King Institute of Preventive Medicine Micro-Biological Section reports 1912-19
Year: 1912
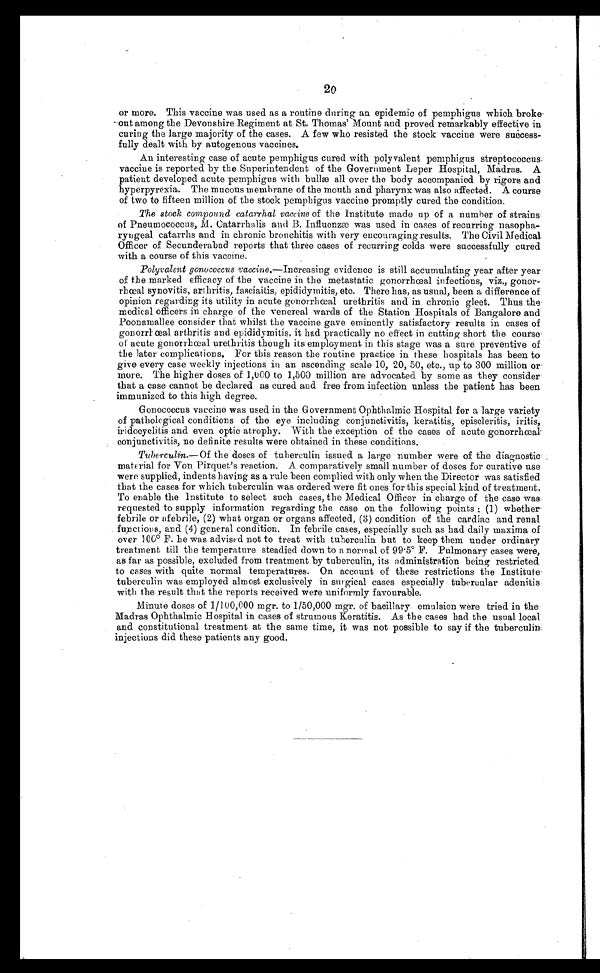
20
or more. This vaccine was used as a routine during an epidemic of pemphigus which broke
out among the Devonshire Regiment at St. Thomas' Mount and proved remarkably effective in
curing the large majority of the cases. A few who resisted the stock vaccine were success
-fully dealt with by autogenous vaccines.
An interesting case of acute pemphigus cured with polyvalent pemphigus streptococcus
vaccine is reported by the Superintendent of the Government Leper Hospital, Madras. A
patient developed acute pemphigus with bullæ all over the body accompanied by rigors and
hyperpyrexia. The mucous membrane of the mouth and pharynx was also affected. A course
of two to fifteen million of the stock pemphigus vaccine promptly cured the condition.
The stock compound catarrhal vaccine of the Institute made up of a number of strains.
of Pneumococcus, M. Catarrhalis and B. Influenzæ was used in cases of recurring nasopha
- r y n g e a l c a t a r r h s a n d i n c h r o n i c b r o n c h i t i s w i t h v e r y e n c o u r a g i n g r e s u l t s . T h e C i v i l M e d i c a l
Officer of Secunderabad reports that three cases of recurring colds were successfully cured
with a course of this vaccine.
Polyvalent gonococcus vaccine.—Increasing evidence is still accumulating year after year
of the marked efficacy of the vaccine in the metastatic gonorrhœal infections, viz., gonor
- r h œ a l s y n o v i t i s , a r t h r i t i s , f a s c i a i t i s , e p i d i d y m i t i s , e t c . T h e r e h a s , a s u s u a l , b e e n a d i f f e r e n c e o f
opinion regarding its utility in acute gono
rrhœal urethritis and in chronic gleet. Thus the
medical officers in charge of the venereal wards of the Station Hospitals of Bangalore and
Poonamallee consider that whilst the vaccine gave eminently satisfactory results in cases of
gonorrhœal arthritis and epididymitis, it had practically no effect in cutting short the course
of acute gonorrhœal urethritis though its employment in this stage was a sure preventive of
the later complications. For this reason the routine practice in these hospitals has been to
give every case weekly injections in an ascending scale 10, 20, 50, etc., up to 300 million or
more. The higher doses of 1,000 to 1,500 million are advocated by some as they consider
that a case cannot be declared as cured and free from infection unless the patient has been
immunized to this high degree.
Gonococcus vaccine was used in the Government Ophthalmic Hospital for a large variety
of pathological conditions of the eye including conjunctivitis, keratitis, episcleritis, iritis,
iridocyclitis and even optic atrophy. With the exception of the cases of acute gonorrhœal
conjunctivitis, no definite results were obtained in these conditions.
Tuberculin.—Of the doses of tuberculin issued a large number were of the diagnostic
material for Von Pirquet's reaction. A comparatively small number of doses for curative use
were supplied, indents having as a rule been complied with only when the Director was satisfied
that the cases for which tuberculin was ordered were fit ones for this special kind of treatment.
To enable the Institute to select such cases, the Medical Officer in charge of the case was
requested to supply information regarding the case on the following points: (1) whether
febrile or afebrile, (2) what organ or organs affected, (3) condition of the cardiac and renal
functions, and (4) general condition. In febrile cases, especially such as had daily maxima of
over 100° F. he was advised not to treat with tuberculin but to keep them under ordinary
treatment till the temperature steadied down to a normal of 99.5° F. Pulmonary cases were,
as far as possible, excluded from treatment by tuberculin, its administration being restricted
to cases with quite normal temperatures. On account of these restrictions the Institute
tuberculin was employed almost exclusively in surgical cases especially tubercular adenitis
with the result that the reports received were uniformly favourable.
Minute doses of 1/100,000 mgr. to 1/50,000 mgr. of bacillary emulsion were tried in the
Madras Ophthalmic Hospital in cases of strumous Keratitis. As the cases had the usual local
and constitutional treatment at the same time, it was not possible to say if the tuberculin
injections did these patients any good.